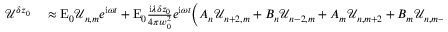
\begin{array} { r l } { \mathcal { U } ^ { \delta z _ { 0 } } } & { { } \approx \mathrm { E } _ { 0 } \mathcal { U } _ { n , m } e ^ { \mathrm { i } \omega t } + \mathrm { E } _ { 0 } \frac { \mathrm { i } \lambda \delta z _ { 0 } } { 4 \pi w _ { 0 } ^ { 2 } } e ^ { \mathrm { i } \omega t } \Big ( A _ { n } \mathcal { U } _ { n + 2 , m } + B _ { n } \mathcal { U } _ { n - 2 , m } + A _ { m } \mathcal { U } _ { n , m + 2 } + B _ { m } \mathcal { U } _ { n , m - 2 } + ( C _ { n } + C _ { m } ) \mathcal { U } _ { n , m } \Big ) - \mathrm { i } \frac { k w _ { 0 } ^ { 2 } m _ { S } } { 1 6 } \mathrm { E } _ { 0 } \bigg ( A _ { n } \Big ( \mathcal { U } _ { n + 2 , m } } \end{array}